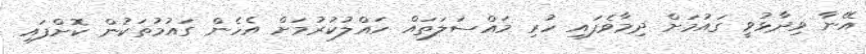
އޭނާ ވިދާޅުވީ ގައުމަށް ދިމާވެފައި ހުރި މައްސަލަތައް ހައްލުކުރުމަށް އެހެން ގައުމުތަކުން ކޮށްފައި